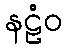
နဠံဝ